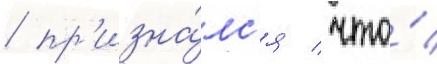
/ пр'изна́лс'я / что́